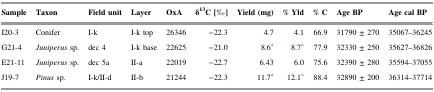
<table><thead><tr><td><b>Sample</b></td><td><b>Taxon</b></td><td><b>Field unit</b></td><td><b>Layer</b></td><td><b>OxA</b></td><td><b>δ<sup>13</sup>C [‰]</b></td><td><b>Yield (mg)</b></td><td><b>% Yld</b></td><td><b>% C</b></td><td><b>Age BP</b></td><td><b>Age cal BP</b></td></tr></thead><tbody><tr><td>I20-3</td><td>Conifer</td><td>I-k</td><td>I-k top</td><td>26346</td><td>−22.3</td><td>4.7</td><td>4.1</td><td>66.9</td><td>31790 ± 270</td><td>35067–36245</td></tr><tr><td>G21-4</td><td><i>Juniperus</i> sp.</td><td>dec 4</td><td>I-k base</td><td>22625</td><td>−21.0</td><td>8.6a</td><td>8.7a</td><td>77.9</td><td>32330 ± 250</td><td>35627–36826</td></tr><tr><td>E21-11</td><td><i>Juniperus</i> sp.</td><td>dec 5a</td><td>II-a</td><td>22019</td><td>−22.7</td><td>6.43</td><td>6.0</td><td>75.6</td><td>32390 ± 280</td><td>35594–37055</td></tr><tr><td>J19-7</td><td><i>Pinus</i> sp.</td><td>I-k/II-d</td><td>II-b</td><td>21244</td><td>−22.3</td><td>11.7a</td><td>12.1a</td><td>88.4</td><td>32890 ± 200</td><td>36314–37714</td></tr></tbody></table>